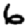
Digit: 6